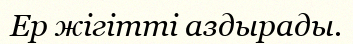
Ер жігітті аздырады.